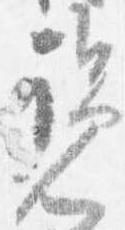
覧